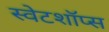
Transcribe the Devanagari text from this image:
स्वेटशॉप्स